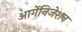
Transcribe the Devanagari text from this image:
आर्गेनिजेशन